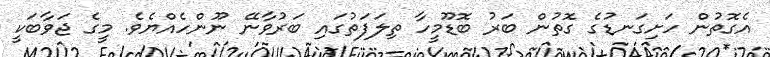
އެގޮތުން ހަށިގަނޑުގެ ގޮތުން ބަރު ބޮޑޫމީހާ ތިލަފަތުގައި ބަރުވާނޭ ނޫންހެއްޔެވެ. މީގެ ޖަވާބަކީ